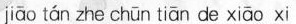
jiāo tán zhe chūn tiān de xiāo xi